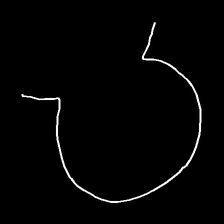
Glyph: weave